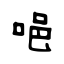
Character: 唈